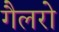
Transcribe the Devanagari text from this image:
गैलरो